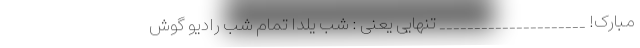
مبارک! _____________________ تنهایی یعنی : شب یلدا تمام شب رادیو گوش